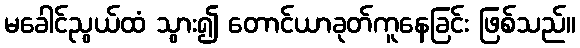
မခေါင်ညွယ်ထံ သွား၍ တောင်ယာခုတ်ကူနေခြင်း ဖြစ်သည်။